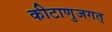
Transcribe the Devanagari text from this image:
कीटाणुजगत्